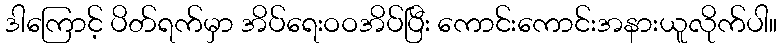
ဒါကြောင့် ပိတ်ရက်မှာ အိပ်ရေးဝဝအိပ်ပြီး ကောင်းကောင်းအနားယူလိုက်ပါ။